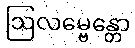
ဩလမ္ဗေန္တော